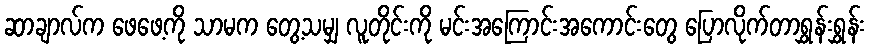
ဆာချာလ်က ဖေဖေ့ကို သာမက တွေ့သမျှ လူတိုင်းကို မင်းအကြောင်းအကောင်းတွေ ပြောလိုက်တာရွှန်းရွှန်း